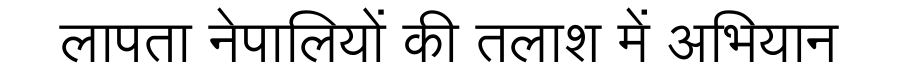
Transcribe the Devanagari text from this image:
लापता नेपालियों की तलाश में अभियान